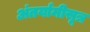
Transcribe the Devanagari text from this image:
अंतर्यामीसूत्र